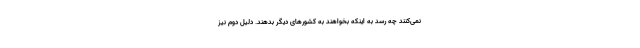
نمی‌کنند چه رسد به اینکه بخواهند به کشورهای دیگر بدهند. دلیل دوم نیز